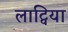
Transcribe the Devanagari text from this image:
लाट्विया